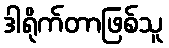
ဒါရိုက်တာဖြစ်သူ